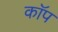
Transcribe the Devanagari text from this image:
काॅप